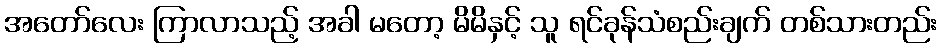
အတော်လေး ကြာလာသည့် အခါ မတော့ မိမိနှင့် သူ ရင်ခုန်သံစည်းချက် တစ်သားတည်း